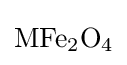
{\mathrm {MFe} {\vphantom {A}}_{\smash[{t}]{2}}\mathrm {O} {\vphantom {A}}_{\smash[{t}]{4}}}